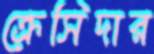
ক্রেসিদার